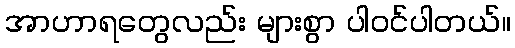
အာဟာရတွေလည်း များစွာ ပါဝင်ပါတယ်။